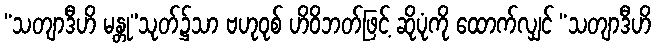
“သတျာဒီဟိ မန္တု”သုတ်၌သာ ဗဟုဝုစ် ဟိဝိဘတ်ဖြင့် ဆိုပုံကို ထောက်လျှင် “သတျာဒီဟိ